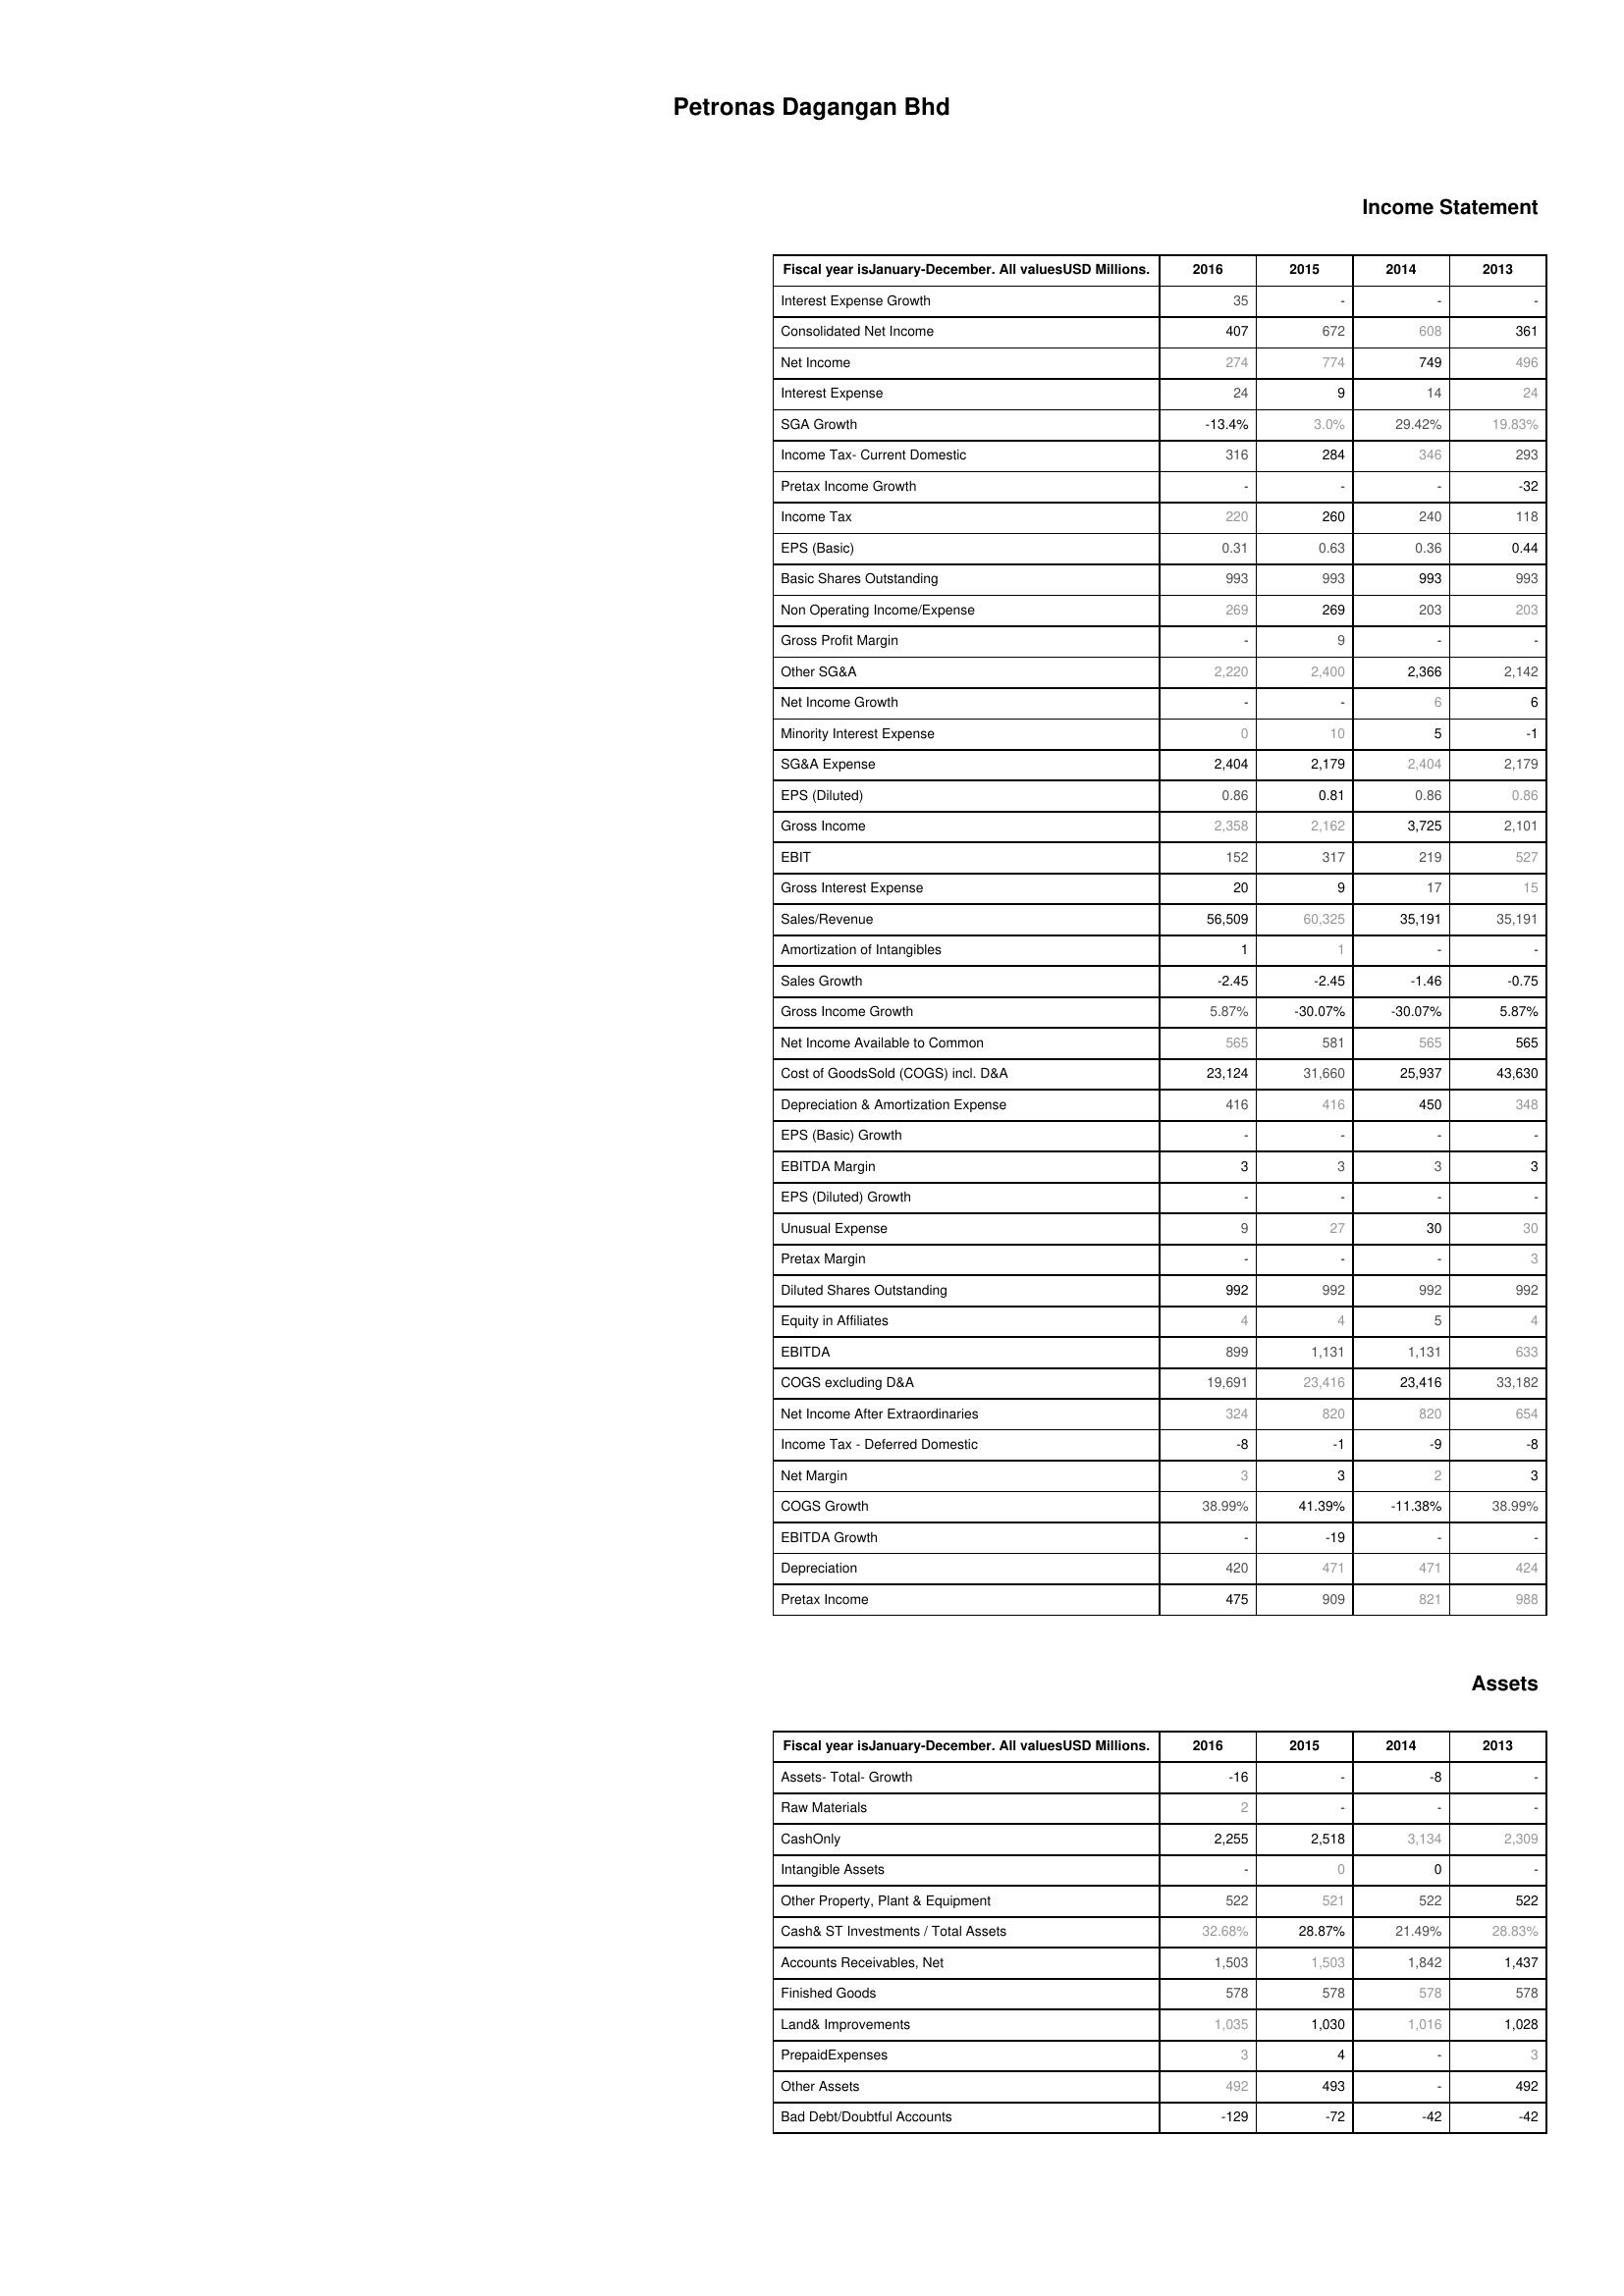
2016: Income Statement: Interest Expense Growth: 35
Consolidated Net Income: 407
Net Income: 274
Interest Expense: 24
SGA Growth: -13.4%
Income Tax- Current Domestic: 316
Pretax Income Growth: -
Income Tax: 220
EPS (Basic): 0.31
Basic Shares Outstanding: 993
Non Operating Income/Expense: 269
Gross Profit Margin: -
Other SG&A: 2,220
Net Income Growth: -
Minority Interest Expense: 0
SG&A Expense: 2,404
EPS (Diluted): 0.86
Gross Income: 2,358
EBIT: 152
Gross Interest Expense: 20
Sales/Revenue: 56,509
Amortization of Intangibles: 1
Sales Growth: -2.45
Gross Income Growth: 5.87%
Net Income Available to Common: 565
Cost of GoodsSold (COGS) incl. D&A: 23,124
Depreciation & Amortization Expense: 416
EPS (Basic) Growth: -
EBITDA Margin: 3
EPS (Diluted) Growth: -
Unusual Expense: 9
Pretax Margin: -
Diluted Shares Outstanding: 992
Equity in Affiliates: 4
EBITDA: 899
COGS excluding D&A: 19,691
Net Income After Extraordinaries: 324
Income Tax - Deferred Domestic: -8
Net Margin: 3
COGS Growth: 38.99%
EBITDA Growth: -
Depreciation: 420
Pretax Income: 475
Assets: Assets- Total- Growth: -16
Raw Materials: 2
CashOnly: 2,255
Intangible Assets: -
Other Property, Plant & Equipment: 522
Cash& ST Investments / Total Assets: 32.68%
Accounts Receivables, Net: 1,503
Finished Goods: 578
Land& Improvements: 1,035
PrepaidExpenses: 3
Other Assets: 492
Bad Debt/Doubtful Accounts: -129
2015: Income Statement: Interest Expense Growth: -
Consolidated Net Income: 672
Net Income: 774
Interest Expense: 9
SGA Growth: 3.0%
Income Tax- Current Domestic: 284
Pretax Income Growth: -
Income Tax: 260
EPS (Basic): 0.63
Basic Shares Outstanding: 993
Non Operating Income/Expense: 269
Gross Profit Margin: 9
Other SG&A: 2,400
Net Income Growth: -
Minority Interest Expense: 10
SG&A Expense: 2,179
EPS (Diluted): 0.81
Gross Income: 2,162
EBIT: 317
Gross Interest Expense: 9
Sales/Revenue: 60,325
Amortization of Intangibles: 1
Sales Growth: -2.45
Gross Income Growth: -30.07%
Net Income Available to Common: 581
Cost of GoodsSold (COGS) incl. D&A: 31,660
Depreciation & Amortization Expense: 416
EPS (Basic) Growth: -
EBITDA Margin: 3
EPS (Diluted) Growth: -
Unusual Expense: 27
Pretax Margin: -
Diluted Shares Outstanding: 992
Equity in Affiliates: 4
EBITDA: 1,131
COGS excluding D&A: 23,416
Net Income After Extraordinaries: 820
Income Tax - Deferred Domestic: -1
Net Margin: 3
COGS Growth: 41.39%
EBITDA Growth: -19
Depreciation: 471
Pretax Income: 909
Assets: Assets- Total- Growth: -
Raw Materials: -
CashOnly: 2,518
Intangible Assets: 0
Other Property, Plant & Equipment: 521
Cash& ST Investments / Total Assets: 28.87%
Accounts Receivables, Net: 1,503
Finished Goods: 578
Land& Improvements: 1,030
PrepaidExpenses: 4
Other Assets: 493
Bad Debt/Doubtful Accounts: -72
2014: Income Statement: Interest Expense Growth: -
Consolidated Net Income: 608
Net Income: 749
Interest Expense: 14
SGA Growth: 29.42%
Income Tax- Current Domestic: 346
Pretax Income Growth: -
Income Tax: 240
EPS (Basic): 0.36
Basic Shares Outstanding: 993
Non Operating Income/Expense: 203
Gross Profit Margin: -
Other SG&A: 2,366
Net Income Growth: 6
Minority Interest Expense: 5
SG&A Expense: 2,404
EPS (Diluted): 0.86
Gross Income: 3,725
EBIT: 219
Gross Interest Expense: 17
Sales/Revenue: 35,191
Amortization of Intangibles: -
Sales Growth: -1.46
Gross Income Growth: -30.07%
Net Income Available to Common: 565
Cost of GoodsSold (COGS) incl. D&A: 25,937
Depreciation & Amortization Expense: 450
EPS (Basic) Growth: -
EBITDA Margin: 3
EPS (Diluted) Growth: -
Unusual Expense: 30
Pretax Margin: -
Diluted Shares Outstanding: 992
Equity in Affiliates: 5
EBITDA: 1,131
COGS excluding D&A: 23,416
Net Income After Extraordinaries: 820
Income Tax - Deferred Domestic: -9
Net Margin: 2
COGS Growth: -11.38%
EBITDA Growth: -
Depreciation: 471
Pretax Income: 821
Assets: Assets- Total- Growth: -8
Raw Materials: -
CashOnly: 3,134
Intangible Assets: 0
Other Property, Plant & Equipment: 522
Cash& ST Investments / Total Assets: 21.49%
Accounts Receivables, Net: 1,842
Finished Goods: 578
Land& Improvements: 1,016
PrepaidExpenses: -
Other Assets: -
Bad Debt/Doubtful Accounts: -42
2013: Income Statement: Interest Expense Growth: -
Consolidated Net Income: 361
Net Income: 496
Interest Expense: 24
SGA Growth: 19.83%
Income Tax- Current Domestic: 293
Pretax Income Growth: -32
Income Tax: 118
EPS (Basic): 0.44
Basic Shares Outstanding: 993
Non Operating Income/Expense: 203
Gross Profit Margin: -
Other SG&A: 2,142
Net Income Growth: 6
Minority Interest Expense: -1
SG&A Expense: 2,179
EPS (Diluted): 0.86
Gross Income: 2,101
EBIT: 527
Gross Interest Expense: 15
Sales/Revenue: 35,191
Amortization of Intangibles: -
Sales Growth: -0.75
Gross Income Growth: 5.87%
Net Income Available to Common: 565
Cost of GoodsSold (COGS) incl. D&A: 43,630
Depreciation & Amortization Expense: 348
EPS (Basic) Growth: -
EBITDA Margin: 3
EPS (Diluted) Growth: -
Unusual Expense: 30
Pretax Margin: 3
Diluted Shares Outstanding: 992
Equity in Affiliates: 4
EBITDA: 633
COGS excluding D&A: 33,182
Net Income After Extraordinaries: 654
Income Tax - Deferred Domestic: -8
Net Margin: 3
COGS Growth: 38.99%
EBITDA Growth: -
Depreciation: 424
Pretax Income: 988
Assets: Assets- Total- Growth: -
Raw Materials: -
CashOnly: 2,309
Intangible Assets: -
Other Property, Plant & Equipment: 522
Cash& ST Investments / Total Assets: 28.83%
Accounts Receivables, Net: 1,437
Finished Goods: 578
Land& Improvements: 1,028
PrepaidExpenses: 3
Other Assets: 492
Bad Debt/Doubtful Accounts: -42